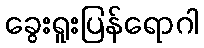
ခွေးရူးပြန်ရောဂါ